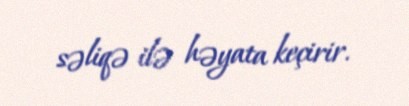
səliqə ilə həyata keçirir.